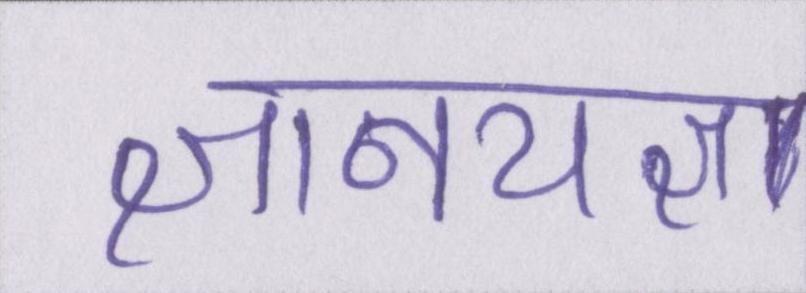
ज्ञानयज्ञ